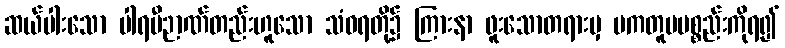
ဆယ်ပါးသော ပါရမီဉာဏ်တည်းဟူသော သံဝရတို့၌ ကြားနာ ဖူးသောတရားမှ ပကတူပပစ္စည်းကိုရ၍